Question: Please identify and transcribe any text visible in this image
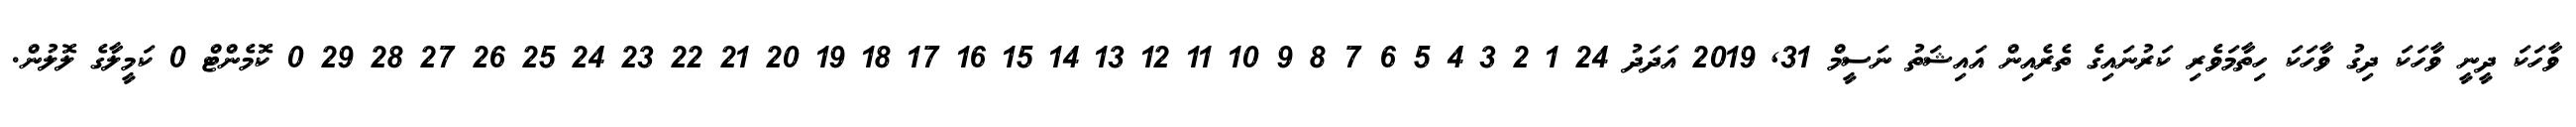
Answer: ވާހަކަ ދީނީ ވާހަކަ ދިގު ވާހަކަ ހިތާމަވެރި ކަރުނައިގެ ތެރެއިން އައިޝަތު ނަސީމް 31, 2019 އަދަދު 24 1 2 3 4 5 6 7 8 9 10 11 12 13 14 15 16 17 18 19 20 21 22 23 24 25 26 27 28 29 0 ކޮމެންޓް 0 ކަމީލާގެ ލޮލުން.